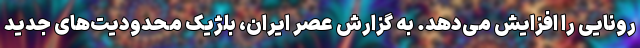
رونایی را افزایش می‌دهد. به گزارش عصر ایران، بلژیک محدودیت‌های جدید